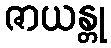
ဇာယန္တု